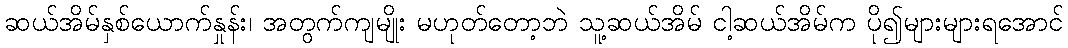
ဆယ်အိမ်နှစ်ယောက်နှုန်း၊ အတွက်ကျမျိုး မဟုတ်တော့ဘဲ သူ့ဆယ်အိမ် ငါ့ဆယ်အိမ်က ပို၍များများရအောင်